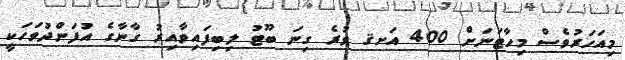
މިއަހަރުވެސް މިހާޓަނަށް 400 އަށޤ ވުރެ ގިނަ ބޫޓު ލިބިފައިވާއިރު ގާނާގެ އުފަންދުވަހަކީ